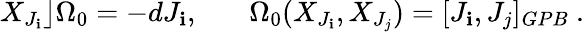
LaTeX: X_{J_{\mathbf{i}}}\rfloor\Omega_{0}=-dJ_{\mathbf{i}},~~~~~~~\Omega_{0}(X_{J_{\mathbf{i}}},X_{J_{j}})=[J_{\mathbf{i}},J_{j}]_{GPB}~.